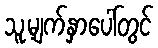
သူ့မျက်နှာပေါ်တွင်